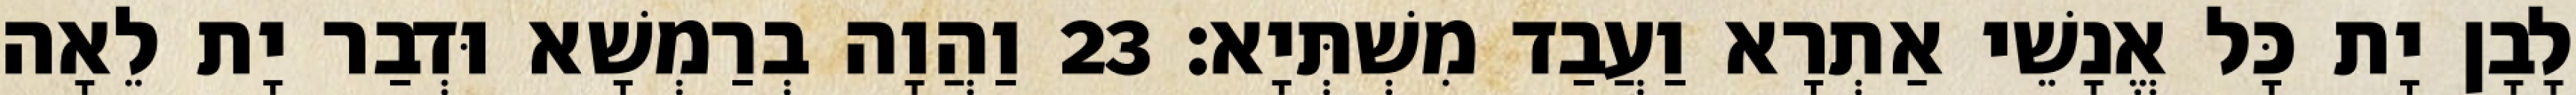
לָבָן יָת כָּל אֱנָשֵׁי אַתְרָא וַעֲבַד מִשְׁתְּיָא׃ 23 וַהֲוָה בְרַמְשָׁא וּדְבַר יָת לֵאָה